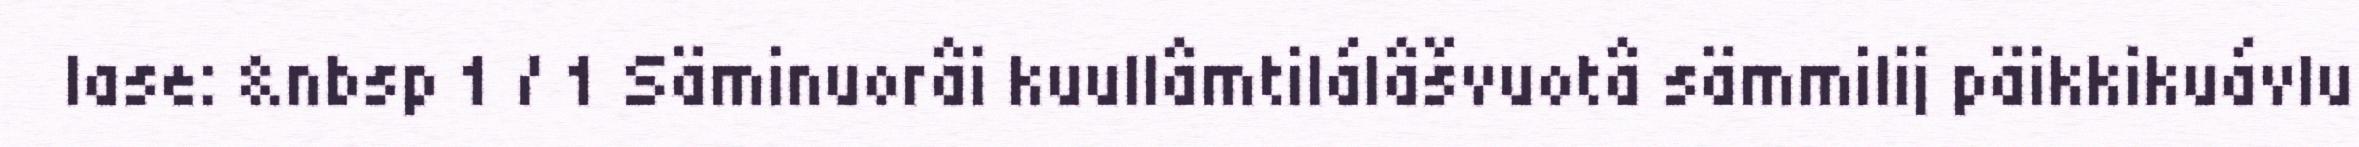
lase: &nbsp 1 / 1 Säminuorâi kuullâmtilálâšvuotâ sämmilij päikkikuávlu